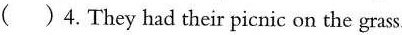
()4.They had their picnic on the grass.